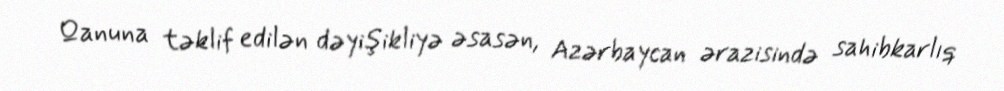
Qanuna təklif edilən dəyişikliyə əsasən, Azərbaycan ərazisində sahibkarlıq